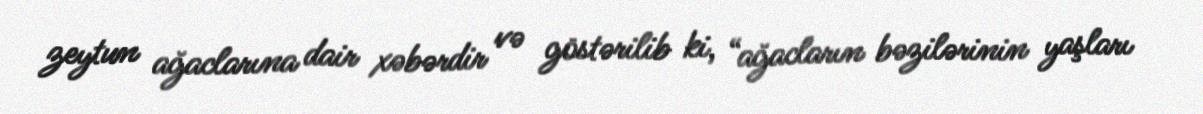
zeytun ağaclarına dair xəbərdir və göstərilib ki, “ağacların bəzilərinin yaşları